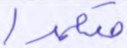
متعمدا